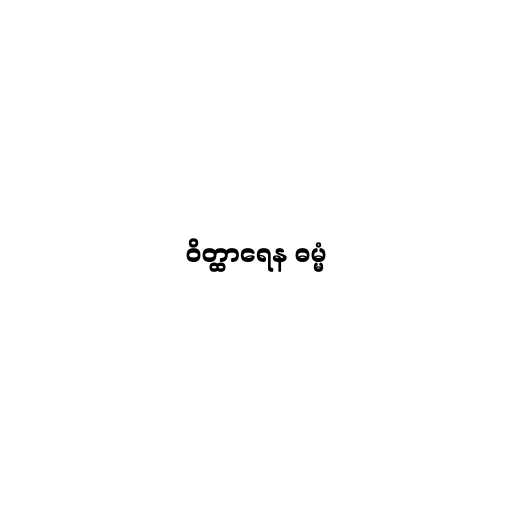
ဝိတ္ထာရေန ဓမ္မံ